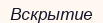
Вскрытие